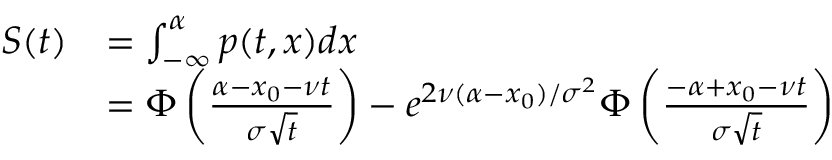
{ \begin{array} { r l } { S ( t ) } & { = \int _ { - \infty } ^ { \alpha } p ( t , x ) d x } \\ & { = \Phi \left( { \frac { \alpha - x _ { 0 } - \nu t } { \sigma { \sqrt { t } } } } \right) - e ^ { 2 \nu ( \alpha - x _ { 0 } ) / \sigma ^ { 2 } } \Phi \left( { \frac { - \alpha + x _ { 0 } - \nu t } { \sigma { \sqrt { t } } } } \right) } \end{array} }